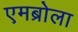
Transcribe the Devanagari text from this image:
एमब्रोला